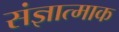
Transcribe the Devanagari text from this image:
संज्ञात्माक